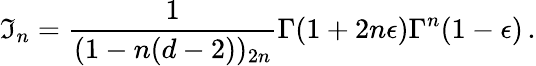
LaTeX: \mathfrak{I}_{n}=\frac{{1}}{{(1-n(d-2))_{2n}}}\Gamma(1+2n\epsilon)\Gamma^{n}(1-\epsilon)\, .